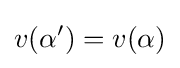
v(\alpha ')=v(\alpha )